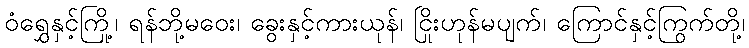
ဝံရွှေနှင့်ကြို့၊ ရန်ဘို့မဝေး၊ ခွေးနှင့်ကားယုန်၊ ငြိုးဟုန်မပျက်၊ ကြောင်နှင့်ကြွက်တို့၊